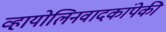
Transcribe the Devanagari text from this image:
व्हायोलिनवादकांपेकी